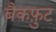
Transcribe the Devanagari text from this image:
बैकफ़ुट